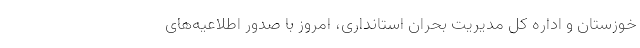
خوزستان و اداره کل مدیریت بحران استانداری، امروز با صدور اطلاعیه‌های